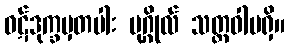
ဝဋ်ဒုက္ခမှတပါး ပုဂ္ဂိုလ် သတ္တဝါမရှိ။